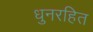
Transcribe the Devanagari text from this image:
धुनरहित